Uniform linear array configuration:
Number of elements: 16
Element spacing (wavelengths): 1
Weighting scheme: uniform
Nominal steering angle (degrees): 0
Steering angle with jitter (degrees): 1.398
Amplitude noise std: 0.05
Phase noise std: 0.05

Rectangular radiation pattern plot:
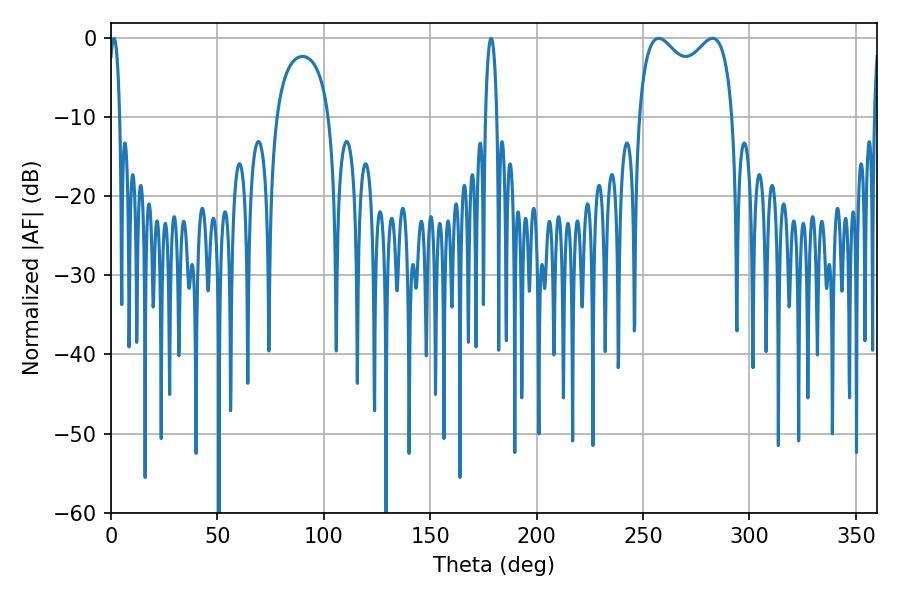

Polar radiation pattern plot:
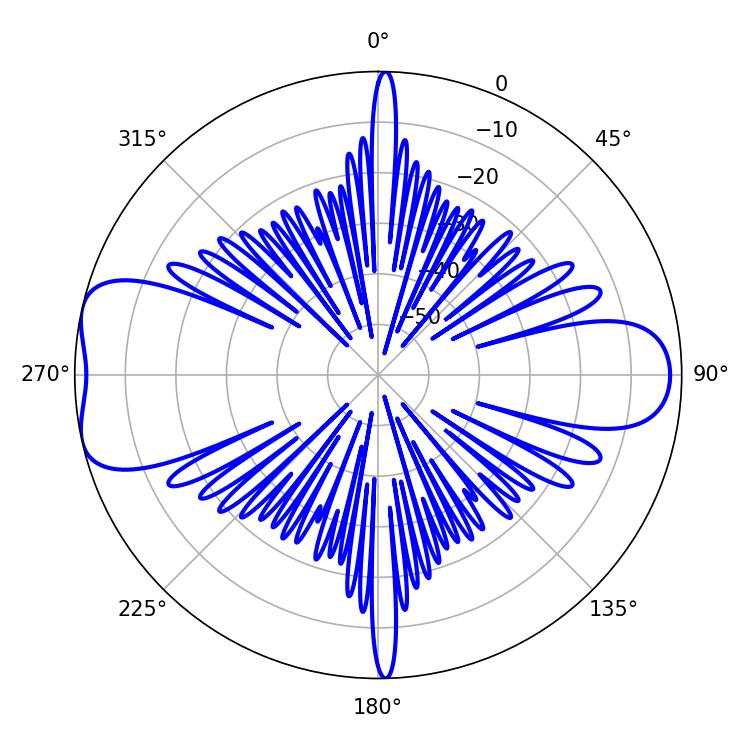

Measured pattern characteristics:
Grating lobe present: TRUE
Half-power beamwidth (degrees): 37.08
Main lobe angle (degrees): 257.4